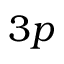
3 p